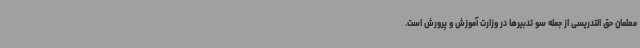
معلمان حق التدریسی از جمله سو تدبیرها در وزارت آموزش و پرورش است.